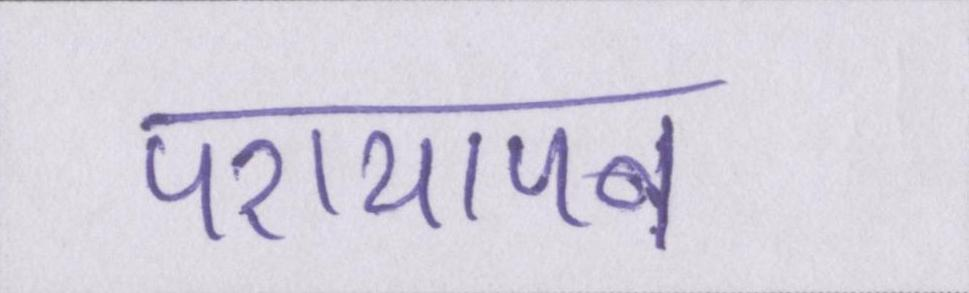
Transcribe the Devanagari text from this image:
परायापन